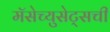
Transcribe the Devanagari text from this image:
मॅसेच्युसेट्सची